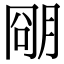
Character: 𬚽